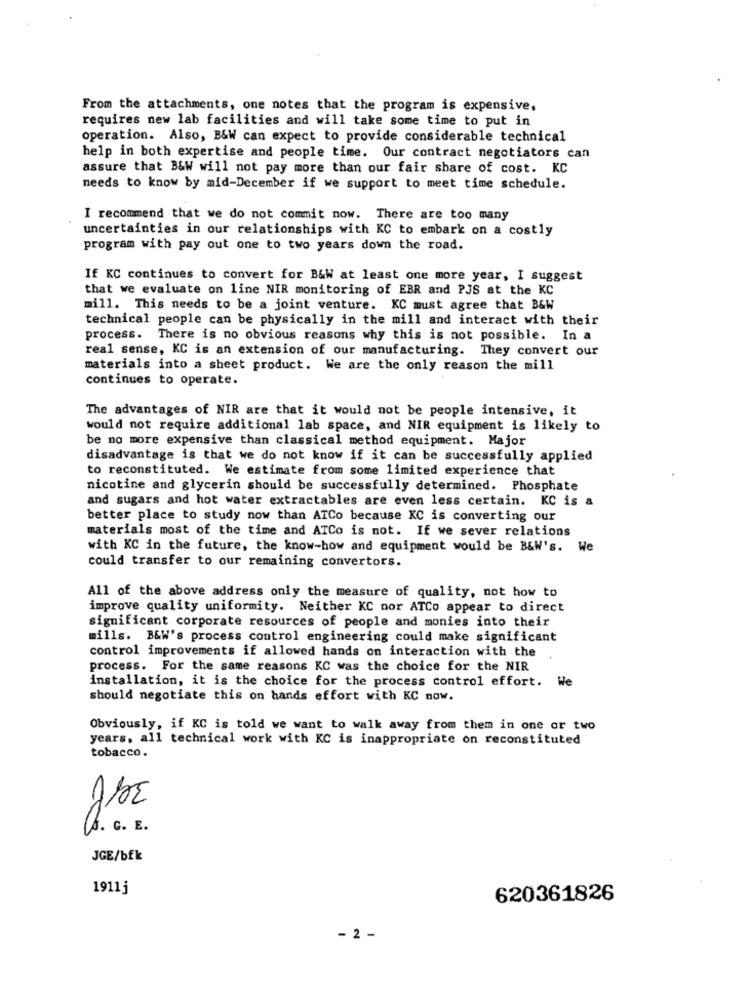
From the attachments, one notes that the program is expensive,
requires new lab facilities and will take some time to put in
operation. Also, B&W can expect to provide considerable technical
help in both expertise and people time. Our contract negotiators can
assure that B&W will not pay more than our fair share of cost. KC
needs to know by mid-December if we support to meet time schedule.
I recommend that we do not commit now. There are too many
uncertainties in our relationships with KC to embark on a costly
program with pay out one to two years down the road.
If KC continues to convert for B&W at least one more year, I suggest
that we evaluate on line NIR monitoring of EBR and PJS at the KC
mill. This needs to be a joint venture. KC must agree that B&W
technical people can be physically in the mill and interact with their
process. There is no obvious reasons why this is not possible. In a
real sense, KC is an extension of our manufacturing. They convert our
materials into a sheet product. We are the only reason the mill
continues to operate.
The advantages of NIR are that it would not be people intensive, it
would not require additional lab space, and NIR equipment is likely to
be no more expensive than classical method equipment. Major
disadvantage is that we do not know if it can be successfully applied
to reconstituted. We estimate from some limited experience that
nicotine and glycerin should be successfully determined. Phosphate
and sugars and hot water extractables are even less certain. KC is a
better place to study now than ATCo because KC is converting our
materials most of the time and ATCo is not. If we sever relations
with KC in the future, the know-how and equipment would be B&W's. We
could transfer to our remaining convertors.
All of the above address only the measure of quality, not how to
improve quality uniformity. Neither KC nor ATCo appear to direct
significant corporate resources of people and monies into their
mills. B&W's process control engineering could make significant
control improvements if allowed hands on interaction with the
process. For the same reasons KC was the choice for the NIR
installation, it is the choice for the process control effort. We
should negotiate this on hands effort with KC now.
Obviously, if KC is told we want to walk away from them in one or two
years, all technical work with KC is inappropriate on reconstituted
tobacco.
. G. E.
JGE/bfk
1911j
620361826
- 2 -